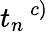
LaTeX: t_{n}\, ^{c)}